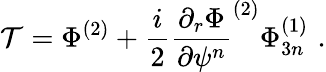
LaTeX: \mathcal{T}=\Phi^{(2)}+\frac{{i}}{{2}}\frac{{\partial_{r}\Phi}}{{\partial\psi^{n}}}^{(2)}\Phi_{3n}^{(1)}\, \, .